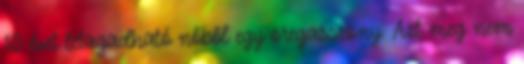
10 évet letagadható nőből egy öregasszony. Azt meg nem